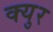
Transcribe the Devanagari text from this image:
क्युर